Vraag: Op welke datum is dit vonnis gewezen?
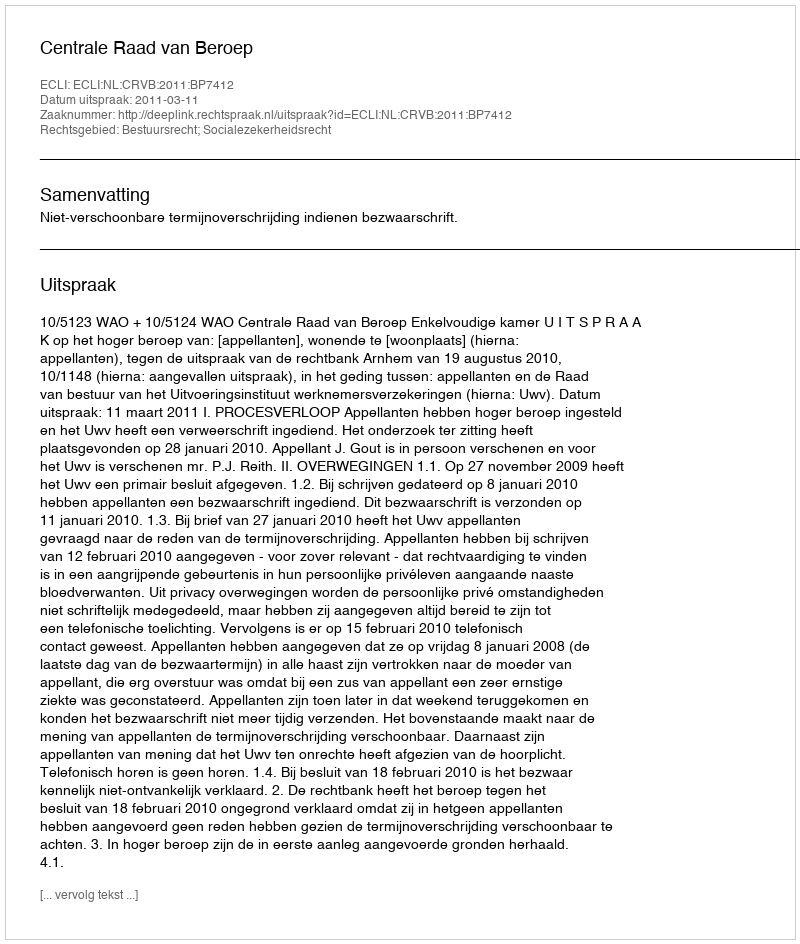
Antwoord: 2011-03-11